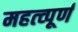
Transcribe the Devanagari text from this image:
महत्‍व्‍पूर्ण